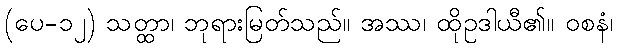
(ပေ-၁၂) သတ္ထာ၊ ဘုရားမြတ်သည်။ အဿ၊ ထိုဥဒါယီ၏။ ဝစနံ၊